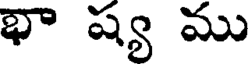
భా ష్య ము